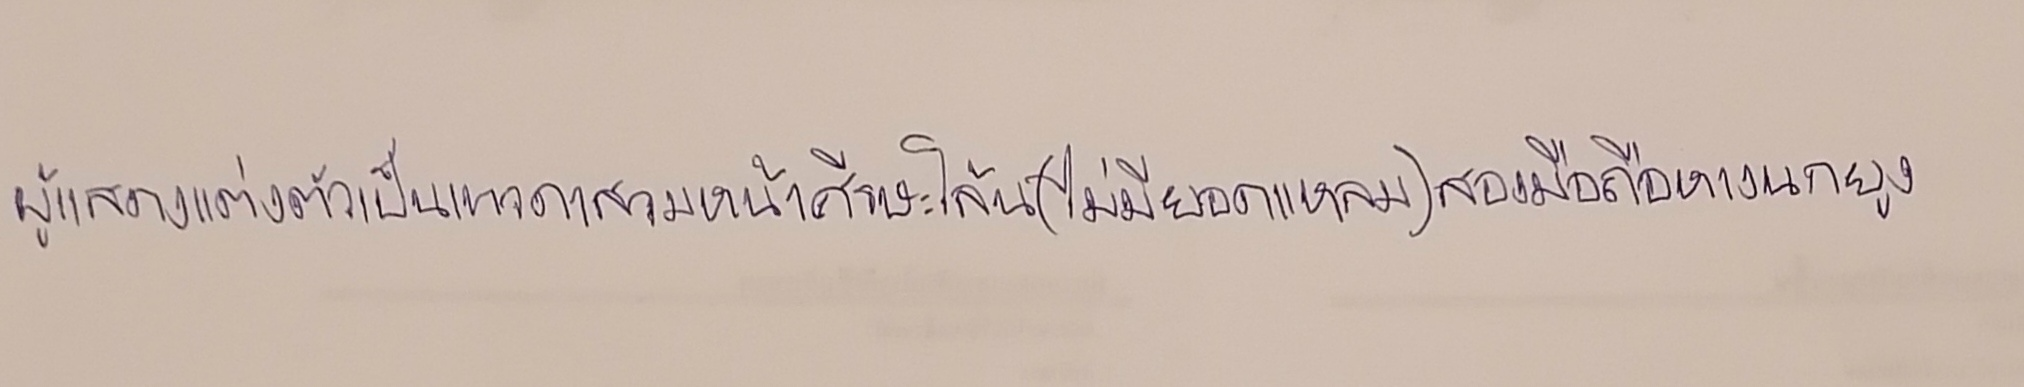
ผู้แสดงแต่งตัวเป็นเทวดาสวมหน้าศีรษะโล้น(ไม่มียอดแหลม)สองมือถือหางนกยูง